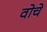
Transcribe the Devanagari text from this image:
वोचे